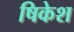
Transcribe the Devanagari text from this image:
षिकेश